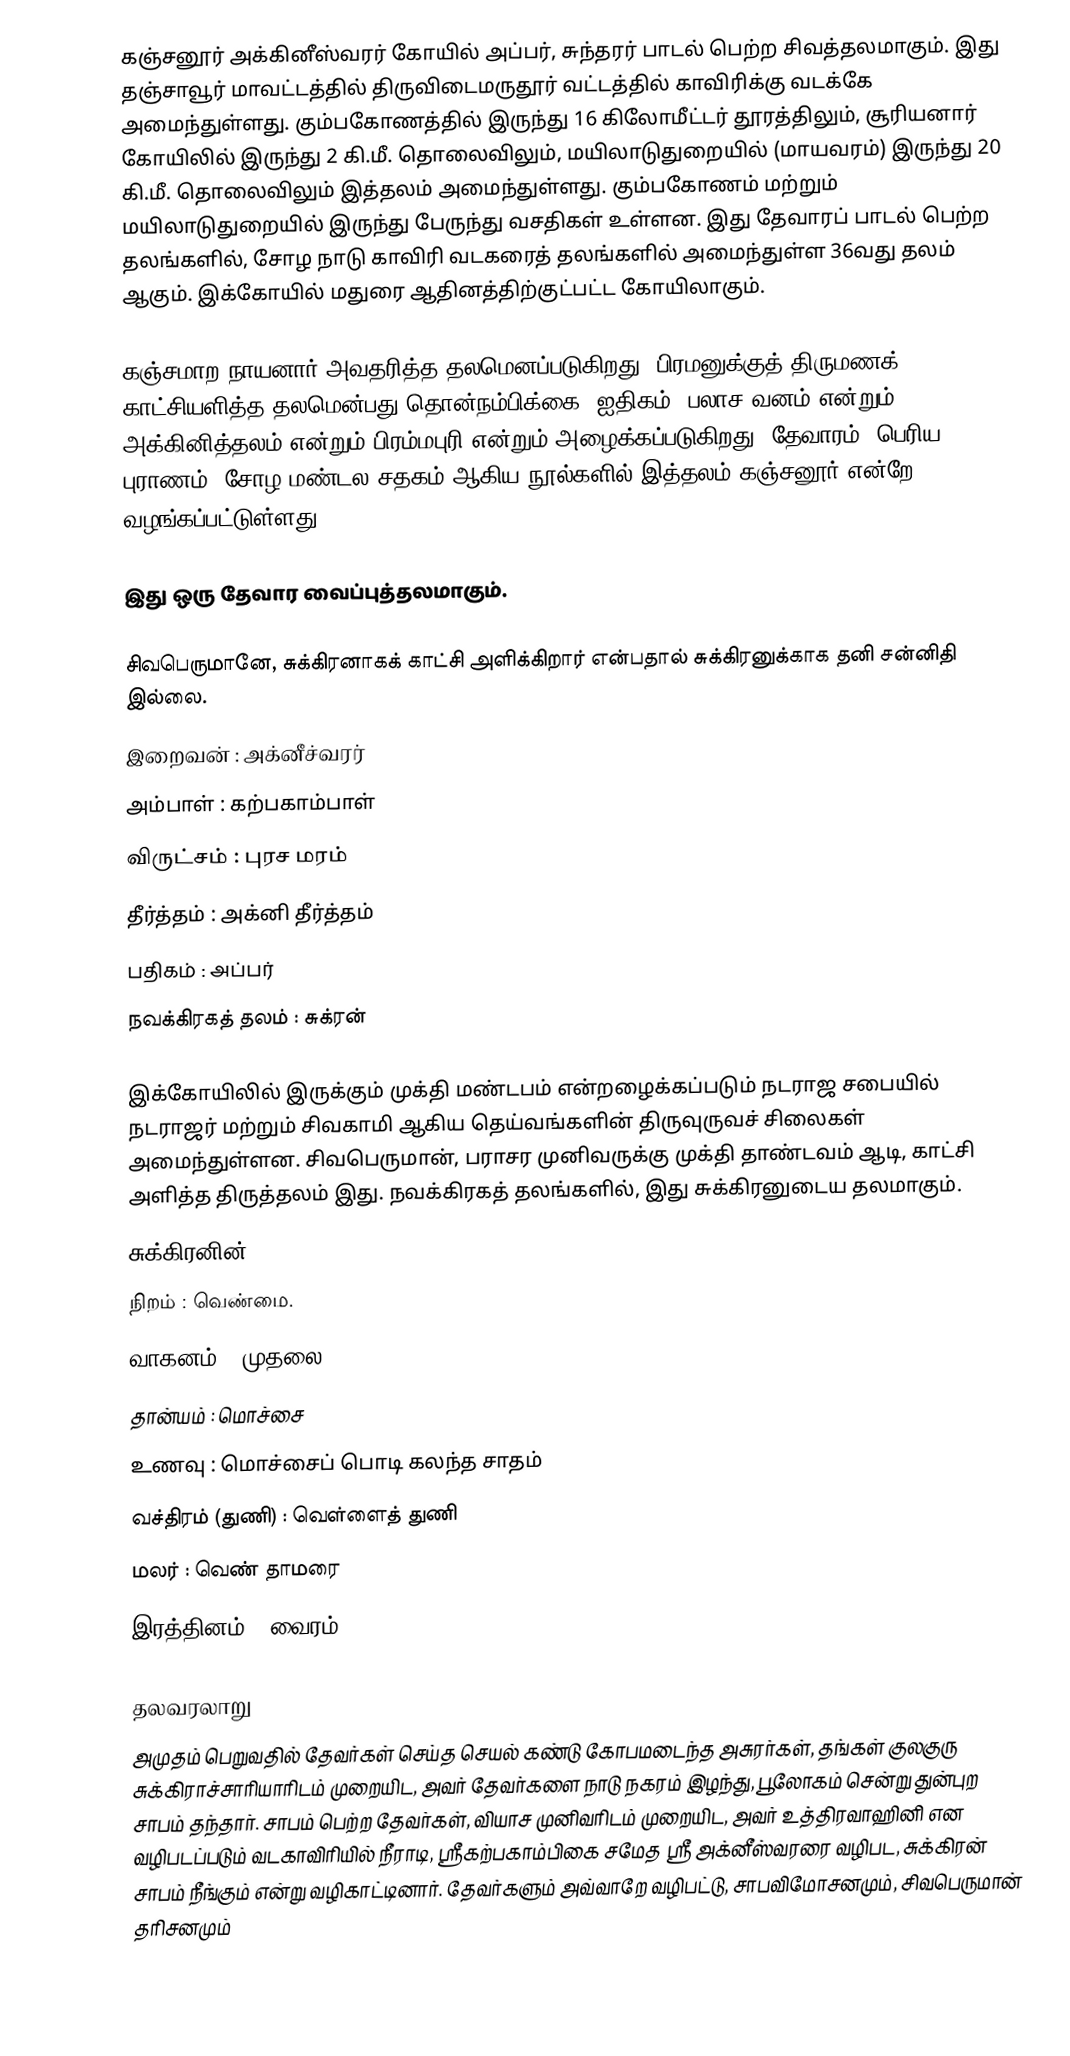
கஞ்சனூர் அக்கினீஸ்வரர் கோயில் அப்பர், சுந்தரர் பாடல் பெற்ற சிவத்தலமாகும். இது  தஞ்சாவூர் மாவட்டத்தில்  திருவிடைமருதூர் வட்டத்தில்  காவிரிக்கு வடக்கே அமைந்துள்ளது. கும்பகோணத்தில் இருந்து 16 கிலோமீட்டர் தூரத்திலும், சூரியனார் கோயிலில் இருந்து 2 கி.மீ. தொலைவிலும், மயிலாடுதுறையில் (மாயவரம்) இருந்து 20 கி.மீ. தொலைவிலும் இத்தலம் அமைந்துள்ளது. கும்பகோணம் மற்றும் மயிலாடுதுறையில் இருந்து பேருந்து வசதிகள் உள்ளன. இது தேவாரப் பாடல் பெற்ற தலங்களில், சோழ நாடு காவிரி வடகரைத் தலங்களில் அமைந்துள்ள 36வது தலம் ஆகும். இக்கோயில் மதுரை ஆதினத்திற்குட்பட்ட கோயிலாகும்.

கஞ்சமாற நாயனார் அவதரித்த தலமெனப்படுகிறது. பிரமனுக்குத் திருமணக் காட்சியளித்த தலமென்பது தொன்நம்பிக்கை (ஐதிகம்).பலாச வனம் என்றும், அக்கினித்தலம் என்றும் பிரம்மபுரி என்றும் அழைக்கப்படுகிறது. தேவாரம், பெரிய புராணம், சோழ மண்டல சதகம் ஆகிய நூல்களில் இத்தலம் கஞ்சனூர் என்றே வழங்கப்பட்டுள்ளது.

இது ஒரு தேவார வைப்புத்தலமாகும்.

சிவபெருமானே, சுக்கிரனாகக் காட்சி அளிக்கிறார் என்பதால் சுக்கிரனுக்காக தனி சன்னிதி இல்லை.
 இறைவன் : அக்னீச்வரர்
 அம்பாள் : கற்பகாம்பாள்
 விருட்சம் : புரச மரம்
 தீர்த்தம் : அக்னி தீர்த்தம்
 பதிகம் : அப்பர்
 நவக்கிரகத் தலம் : சுக்ரன்

இக்கோயிலில் இருக்கும் முக்தி மண்டபம் என்றழைக்கப்படும் நடராஜ சபையில் நடராஜர் மற்றும் சிவகாமி ஆகிய தெய்வங்களின் திருவுருவச் சிலைகள் அமைந்துள்ளன. சிவபெருமான், பராசர முனிவருக்கு முக்தி தாண்டவம் ஆடி, காட்சி அளித்த திருத்தலம் இது. நவக்கிரகத் தலங்களில், இது சுக்கிரனுடைய தலமாகும்.
சுக்கிரனின்
 நிறம் : வெண்மை.
 வாகனம் : முதலை
 தான்யம் : மொச்சை
 உணவு : மொச்சைப் பொடி கலந்த சாதம்
 வச்திரம் (துணி) : வெள்ளைத் துணி
 மலர் : வெண் தாமரை
 இரத்தினம் : வைரம்

தலவரலாறு
 அமுதம் பெறுவதில் தேவர்கள் செய்த செயல் கண்டு கோபமடைந்த அசுரர்கள், தங்கள் குலகுரு சுக்கிராச்சாரியாரிடம் முறையிட, அவர் தேவர்களை நாடு நகரம் இழந்து, பூலோகம் சென்று துன்புற சாபம் தந்தார். சாபம் பெற்ற தேவர்கள், வியாச முனிவரிடம் முறையிட, அவர் உத்திரவாஹினி என வழிபடப்படும் வடகாவிரியில் நீராடி, ஸ்ரீகற்பகாம்பிகை சமேத ஸ்ரீ அக்னீஸ்வரரை வழிபட, சுக்கிரன் சாபம் நீங்கும் என்று வழிகாட்டினார். தேவர்களும் அவ்வாறே வழிபட்டு, சாபவிமோசனமும், சிவபெருமான் தரிசனமும்